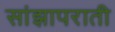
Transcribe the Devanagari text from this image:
सांझापराती